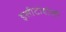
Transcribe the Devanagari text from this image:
इसीटोबोली